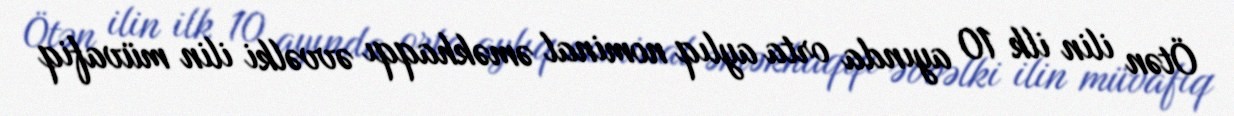
Ötən ilin ilk 10 ayında orta aylıq nominal əməkhaqqı əvvəlki ilin müvafiq